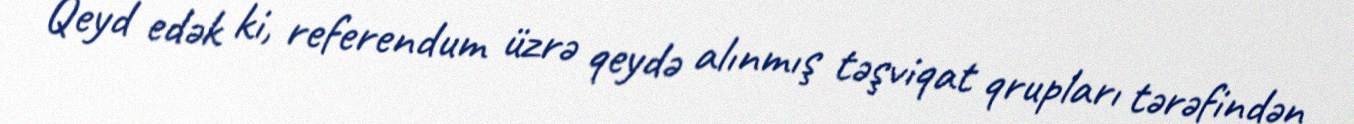
Qeyd edək ki, referendum üzrə qeydə alınmış təşviqat qrupları tərəfindən